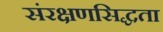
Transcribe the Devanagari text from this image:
संरक्षणसिद्धता